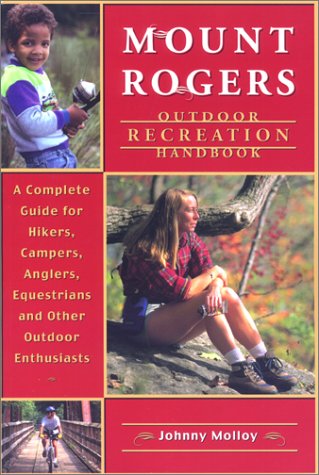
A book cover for Mount Rogers Outdoor Recreation Handbook: A Complete Guide for Hikers, Campers, Equestrians and Other Outdoor Enthusiasts; Johnny Molloy; Travel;